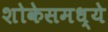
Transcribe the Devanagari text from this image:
शोकेसमध्ये